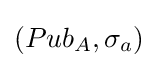
(Pub_{A},\sigma _{a})